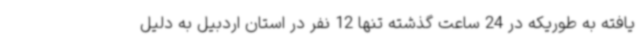
یافته به طوریکه در 24 ساعت گذشته تنها 12 نفر در استان اردبیل به دلیل